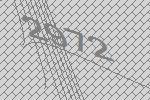
2972